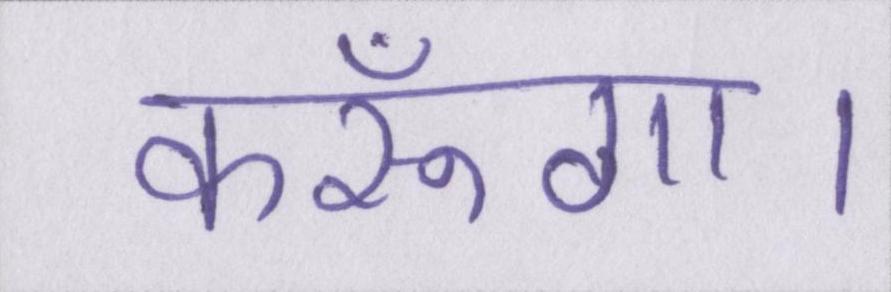
करूँगा।